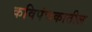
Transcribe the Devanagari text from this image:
कविपंचकातील